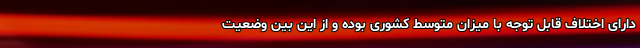
دارای اختلاف قابل توجه با میزان متوسط کشوری بوده و از این بین وضعیت